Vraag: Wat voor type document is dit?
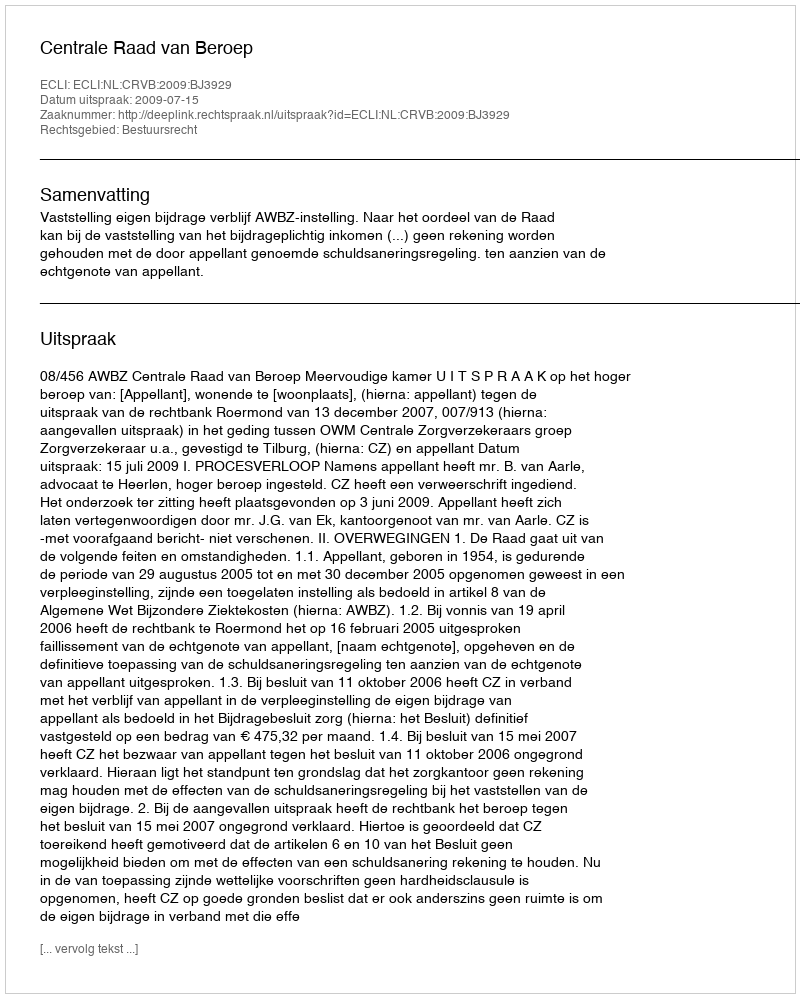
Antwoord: Uitspraak